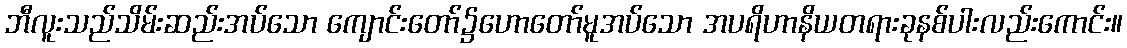
ဘီလူးသည်သိမ်းဆည်းအပ်သော ကျောင်းတော်၌ဟောတော်မူအပ်သော အပရိဟာနိယတရားခုနစ်ပါးလည်းကောင်း။